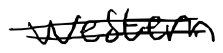
Text: western
Cross-out: double-line
Writing tool: digital_black